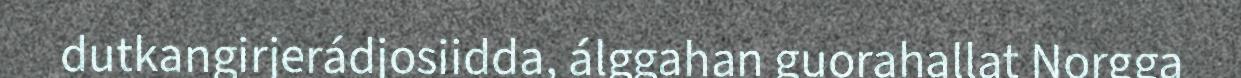
dutkangirjerádjosiidda, álggahan guorahallat Norgga